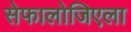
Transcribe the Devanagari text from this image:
सेफालोजिएला